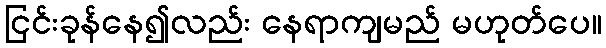
ငြင်းခုန်နေ၍လည်း နေရာကျမည် မဟုတ်ပေ။